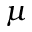
\mu